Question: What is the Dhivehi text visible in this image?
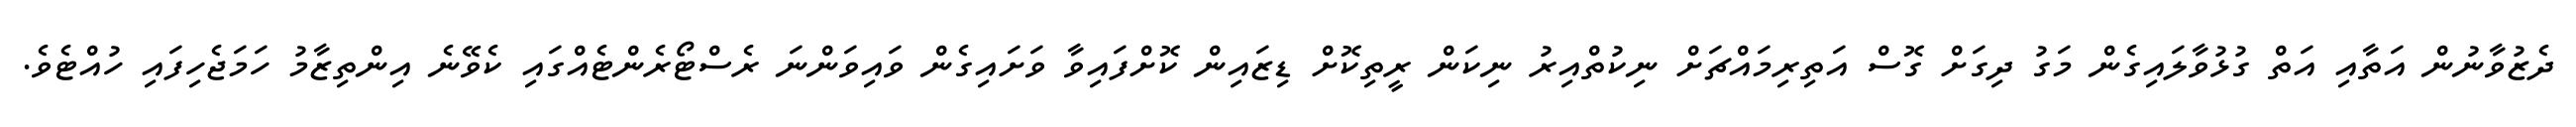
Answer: ދެޒުވާނުން އަތާއި އަތް ގުޅުވާލައިގެން މަގު ދިގަށް ގޮސް އަތިރިމައްޗަށް ނިކުތްއިރު ނިކަން ރީތިކޮށް ޑިޒައިން ކޮށްފައިވާ ވަށައިގެން ވައިވަންނަ ރެސްޓޯރެންޓެއްގައި ކެވޭނެ އިންތިޒާމު ހަމަޖެހިފައި ހުއްޓެވެ.